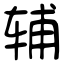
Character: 辅